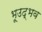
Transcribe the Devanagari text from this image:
भूउद्भव